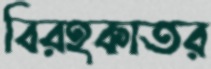
বিরহকাতর